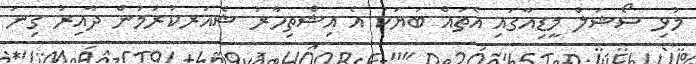
މުޅި ސޯޝަލް މީޑިއާގައި އެތައް ބަޔަކު އެ އިޝްތިހާރު ޝެއަރކުރަމުން ދާއިރު ގިނަ